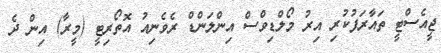
ޖީއެސްޓީ ތައާރަފުކުރި އިރު މޯލްޑިވްސް އިންލަންޑް ރެވެނިއު އޮތޯރިޓީ (މީރާ) އިން ދެ